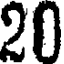
20